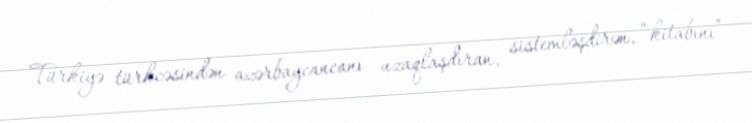
Türkiyə türkcəsindən azərbaycancanı uzaqlaşdıran, sistemləşdirən, “kitabını”